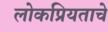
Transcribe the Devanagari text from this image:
लोकप्रियताचे